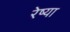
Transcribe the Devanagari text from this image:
रेष्या